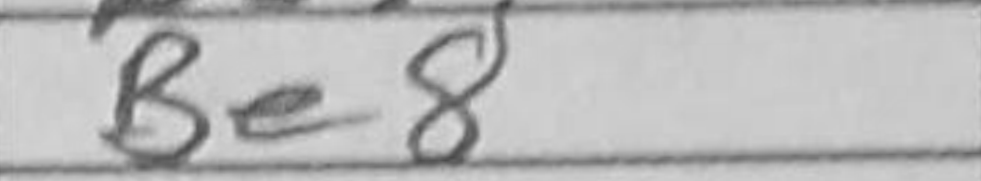
Transcription: Be8